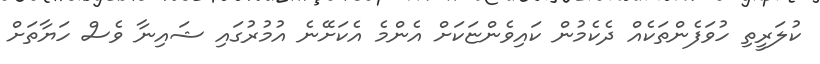
ކުލަރީތި ހުވަފެންތަކެއް ދެކެމުން ކައިވެންޏަކަށް އެންމެ އެކަށޭނެ އުމުރުގައި ޝައިނާ ވެސް ހަޔާތަށް